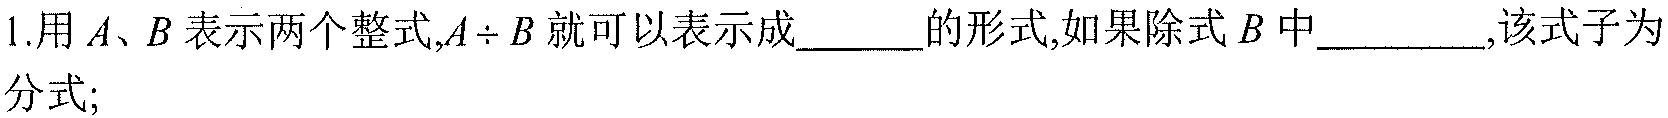
1.用\(A、B\)表示两个整式,\(A\div B\)就可以表示成_____的形式,如果除式\(B\)中_______,该式子为
分式;